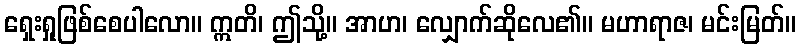
ရှေးရှုဖြစ်စေပါလော။ ဣတိ၊ ဤသို့။ အာဟ၊ လျှောက်ဆိုလေ၏။ မဟာရာဇ၊ မင်းမြတ်။